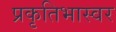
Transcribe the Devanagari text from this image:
प्रकृतिभास्वर